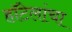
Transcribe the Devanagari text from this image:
हॉटेलांचा